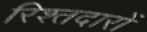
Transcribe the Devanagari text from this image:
रिश्तदारों